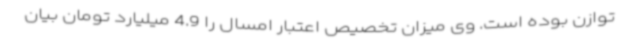
توازن بوده است. وی میزان تخصیص اعتبار امسال را 4.9 میلیارد تومان بیان